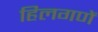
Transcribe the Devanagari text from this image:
हिलगणें